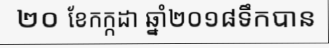
២០ ខែកក្កដា ឆ្នាំ២០១៨ទឹកបាន